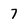
Character: 7